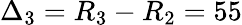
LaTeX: \Delta_{3}=R_{3}-R_{2}=55